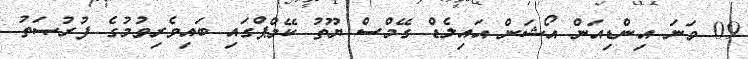
09 ވަނަ އިންޑިއަން އޯޝަން އައިލެޑް ގޭމްސް ޔޫތު ކޭމްޕްގައި ބައިވެރިވުމުގެ ފުރުޞަތު